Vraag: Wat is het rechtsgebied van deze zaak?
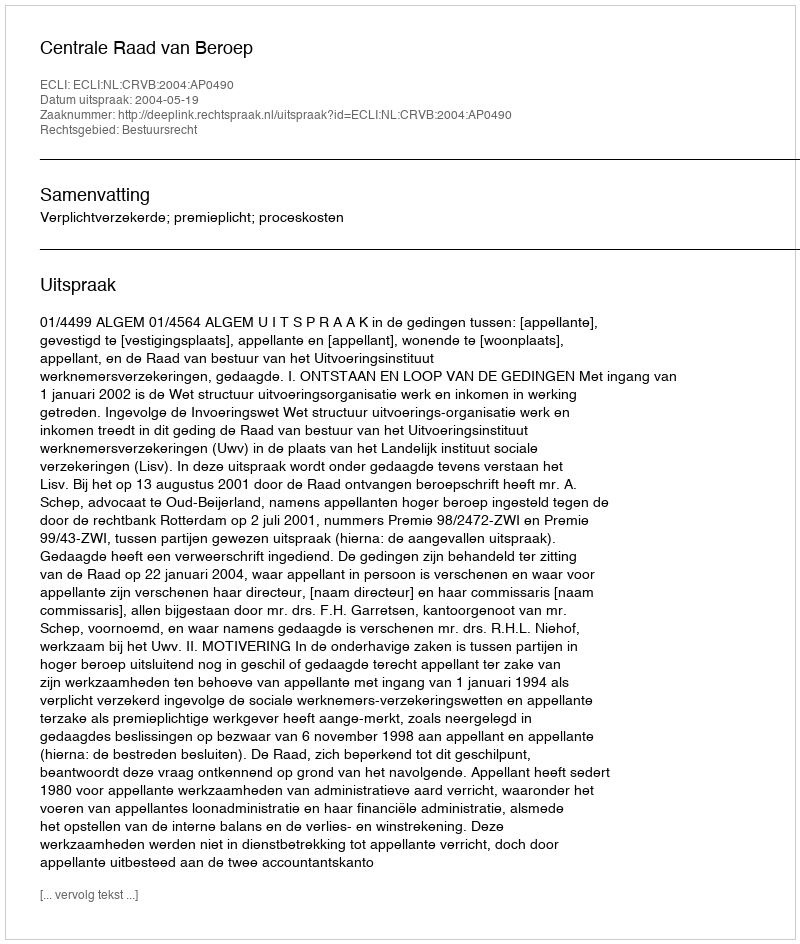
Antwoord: Bestuursrecht